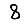
Digit: 8